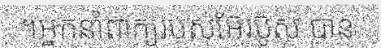
។អ្នកនាំពាក្យរបស់អ៊ែរប៊ូស បាន